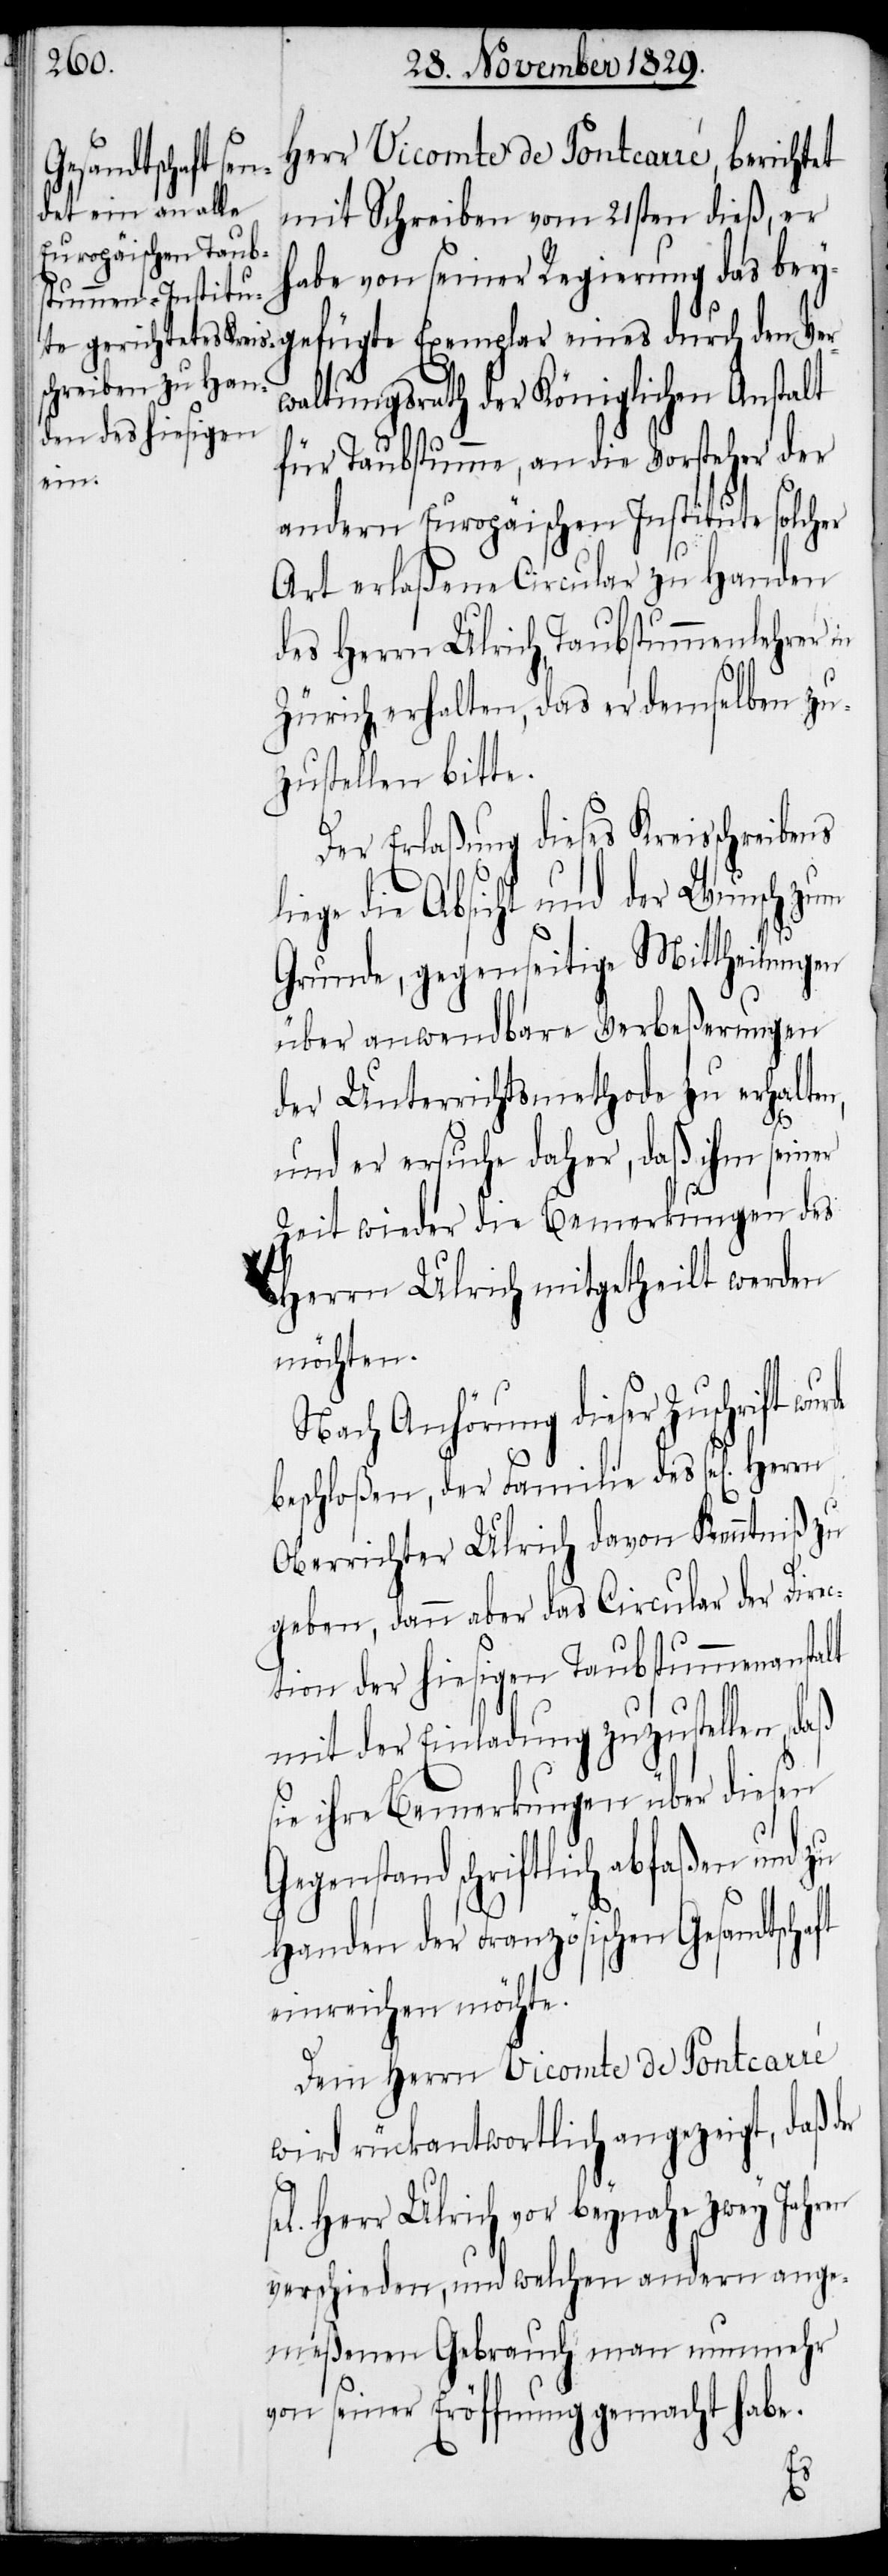
ft
Herr Vicomte de Pontcarré, berichtet
durch den Ver¬
mit Schreiben vom 21sten dieß, er
habe von seiner Regierung das beyg¬
waltungsrath der Königlichen Anstalt
für Taubstumme, an die Vorsteher der
er
andern Europäischen Institute solcher
Art erlaßene Circular zu Handen
des Herrn Ulrich, Taubstummenlehrer in
Zürich, erhalten, das er demselben zu¬
zustellen bitte.
Der Erlaßung dieses Kreisschreibens
liege die Absicht und der Wunsch zum
Grunde, gegenseitige Mittheilungen
über anwendbare Verbeßerungen
der Unterrichtsmethode zu erhalten,
und er ersuche daher, daß ihm sein¬
Zeit wieder die Bemerkungen des
Herrn Ulrich mitgetheilt werden
möchten.
Nach Anhörung dieser Zuschrift
beschloßen, der Familie des sel[igen]
Oberrichter Ulrich davon Kenntniß zu
geben, dann aber das Circular der Direc¬
tion der hiesigen Taubstummenanstalt
mit der Einladung zuzustellen,
sie ihre Bemerkungen über diesen
Gegenstand schriftlich abfaßen und
Handen der Französischen Gesandtscha¬
einreichen möchte.
Dem Herrn Vicomte de Pontcarré
wird rückantwortlich angezeigt, daß
Herr Ulrich vor beynahe zwey Jahren
verschieden, und welchen andern ange¬
meßenen Gebrauch man nunmehr
von seiner Eröffnung gemacht habe.